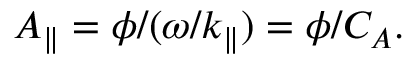
A _ { \| } = \phi / ( \omega / k _ { \| } ) = \phi / C _ { A } .